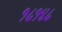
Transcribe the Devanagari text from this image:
१८१४८